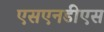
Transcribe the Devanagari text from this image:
एसएनडीएस